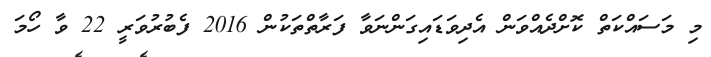
މި މަސައްކަތް ކޮށްދެއްވަން އެދިވަޑައިގަންނަވާ ފަރާތްތަކުން 2016 ފެބުރުވަރީ 22 ވާ ހޯމަ